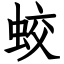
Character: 蛟